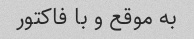
به موقع و با فاکتور